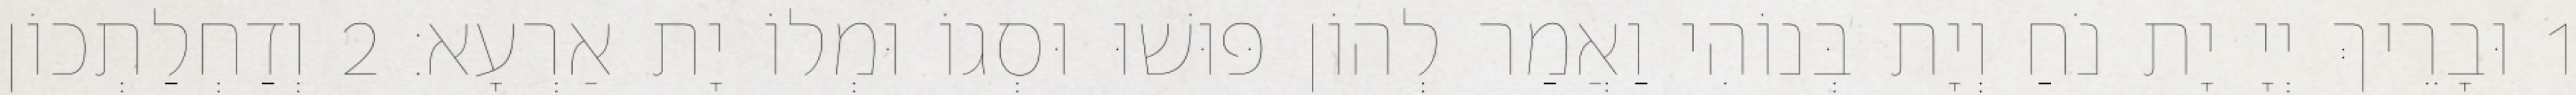
1 וּבָרֵיךְ יְיָ יָת נֹחַ וְיָת בְּנוֹהִי וַאֲמַר לְהוֹן פּוּשׁוּ וּסְגוֹ וּמְלוֹ יָת אַרְעָא׃ 2 וְדַחְלַתְכוֹן